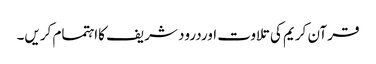
قرآن کریم کی تلاوت اوردرود شریف کااہتمام کریں۔